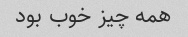
همه چیز خوب بود